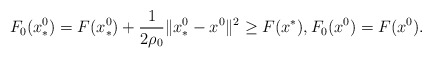
\begin{align*}F_0(x^0_*) =F(x^0_*)+\frac{1}{2\rho_0} \|x^0_*-x^0\|^2\geq F(x^*), F_0(x^0) =F(x^0).\end{align*}